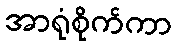
အာရုံစိုက်ကာ